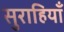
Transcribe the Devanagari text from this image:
सुराहियाँ